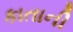
કાતાની